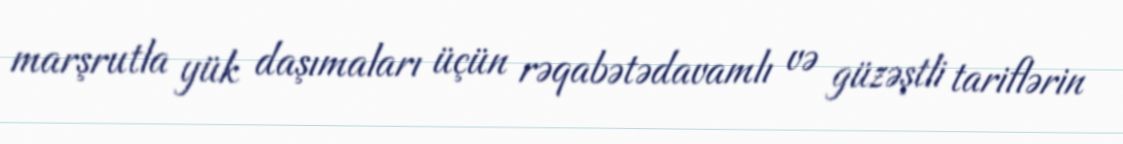
marşrutla yük daşımaları üçün rəqabətədavamlı və güzəştli tariflərin